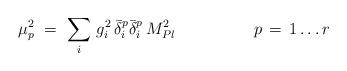
LaTeX: \begin{align*}\mu^2_p\ =\ \sum_i\, g_i^2\, \bar \delta^p_i \bar \delta^p_i\, M^2_{Pl} \hskip 2cm p\, =\, 1 \ldots r\end{align*}